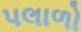
પલાળો